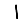
Digit: 1